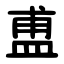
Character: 盙